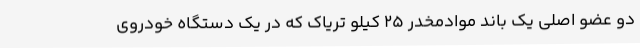
دو عضو اصلی یک باند موادمخدر 25 کیلو تریاک که در یک دستگاه خودروی